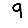
Digit: 9